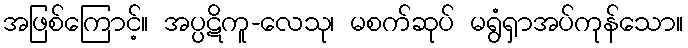
အဖြစ်ကြောင့်။ အပ္ပဋိကူ-လေသု၊ မစက်ဆုပ် မရွံရှာအပ်ကုန်သော။